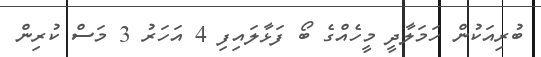
ބުރިއަކުން ހަމަލާދީ މީހެއްގެ ބޯ ފަޅާލައިފި 4 އަހަރު 3 މަސް ކުރިން